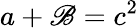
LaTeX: a+\mathscr{B}=c^{2}